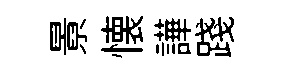
㬌懐譁踐